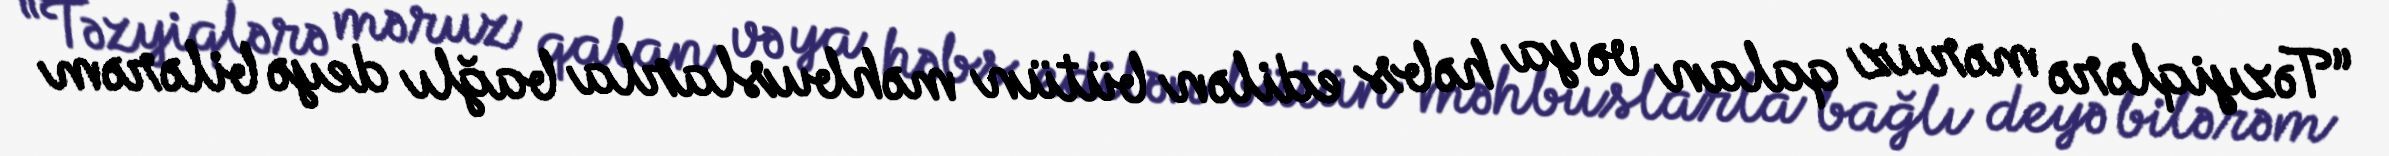
“Təzyiqlərə məruz qalan və ya həbs edilən bütün məhbuslarla bağlı deyə bilərəm